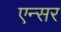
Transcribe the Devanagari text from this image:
एन्सर